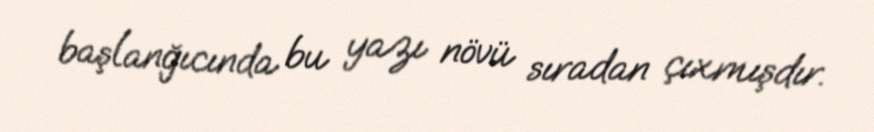
başlanğıcında bu yazı növü sıradan çıxmışdır.